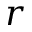
\boldsymbol { r }